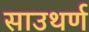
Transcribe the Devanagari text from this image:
साउथर्ण